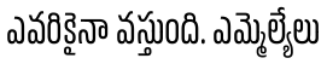
ఎవరికైనా వస్తుంది. ఎమ్మెల్యేలు